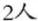
2人